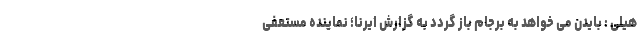
هیلی : بایدن می خواهد به برجام باز گردد به گزارش ایرنا؛ نماینده مستعفی